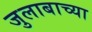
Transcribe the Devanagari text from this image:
जुलाबाच्या